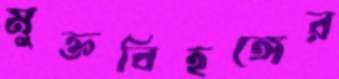
মুক্তবিহঙ্গের